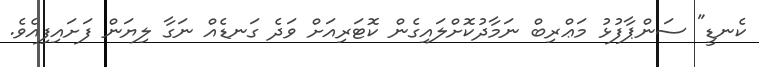
ކެނޑީ" ސަންޕާފުޅު މަޢްރިބް ނަމާދުކޮށްލައިގެން ކޮޓަރިއަށް ވަދެ ގަނޑެއް ނަގާ ލިޔަން ފަށައިފިއެވެ.